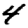
Digit: 4